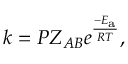
k = P Z _ { A B } e ^ { \frac { - E _ { \mathrm { { a } } } } { R T } } ,